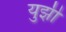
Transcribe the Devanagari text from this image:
युझी